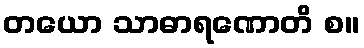
တယော သာဓာရဏောတိ စ။